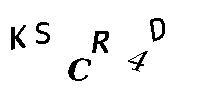
KSCR4D